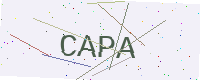
Text: CAPA